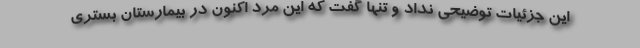
این جزئیات توضیحی نداد و تنها گفت که این مرد اکنون در بیمارستان بستری